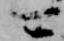
可